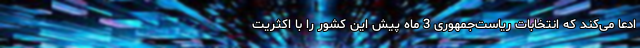
ادعا می‌کند که انتخابات ریاست‌جمهوری 3 ماه پیش این کشور را با اکثریت